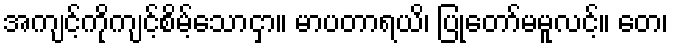
အကျင့်ကိုကျင့်စိမ့်သောငှာ။ မာပတာရယိ၊ ပြုတော်မမူလင့်။ တေ၊